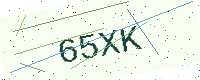
Text: 65XK